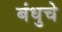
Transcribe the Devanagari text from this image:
बंधुचे